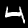
Digit: 4